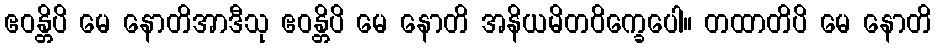
ဧဝန္တိပိ မေ နောတိအာဒီသု ဧဝန္တိပိ မေ နောတိ အနိယမိတဝိက္ခေပေါ။ တထာတိပိ မေ နောတိ